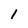
Character: 1